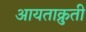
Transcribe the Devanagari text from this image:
आयताक्रुती